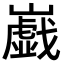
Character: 𡾠